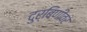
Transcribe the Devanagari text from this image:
दुर्बिणीवर